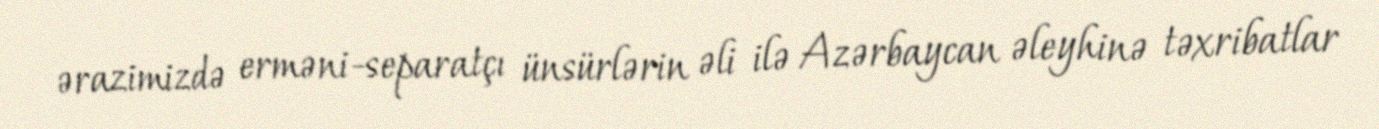
ərazimizdə erməni-separatçı ünsürlərin əli ilə Azərbaycan əleyhinə təxribatlar